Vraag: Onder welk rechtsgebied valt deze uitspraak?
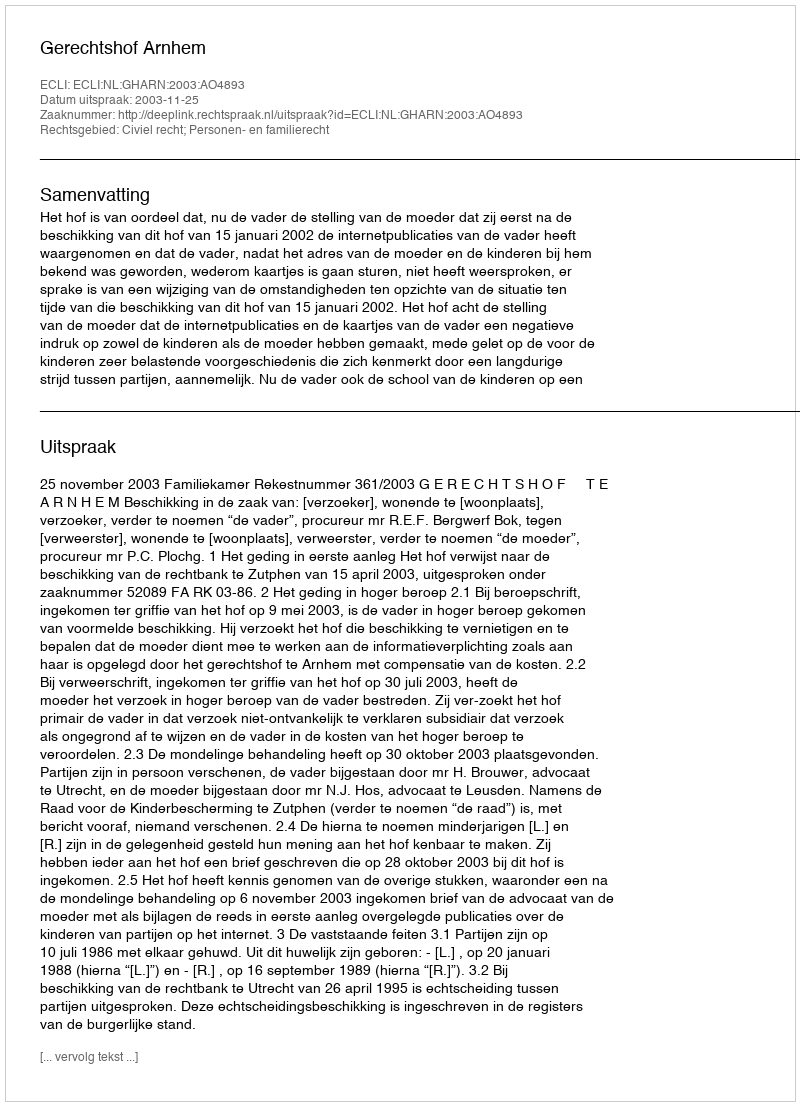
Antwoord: Civiel recht; Personen- en familierecht